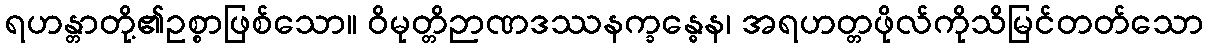
ရဟန္တာတို့၏ဥစ္စာဖြစ်သော။ ဝိမုတ္တိဉာဏဒဿနက္ခန္ဓေန၊ အရဟတ္တဖိုလ်ကိုသိမြင်တတ်သော